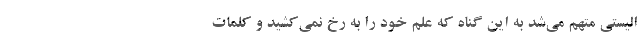
الیستی متهم می‌شد به این گناه که علم خود را به رخ نمی‌کشید و کلمات